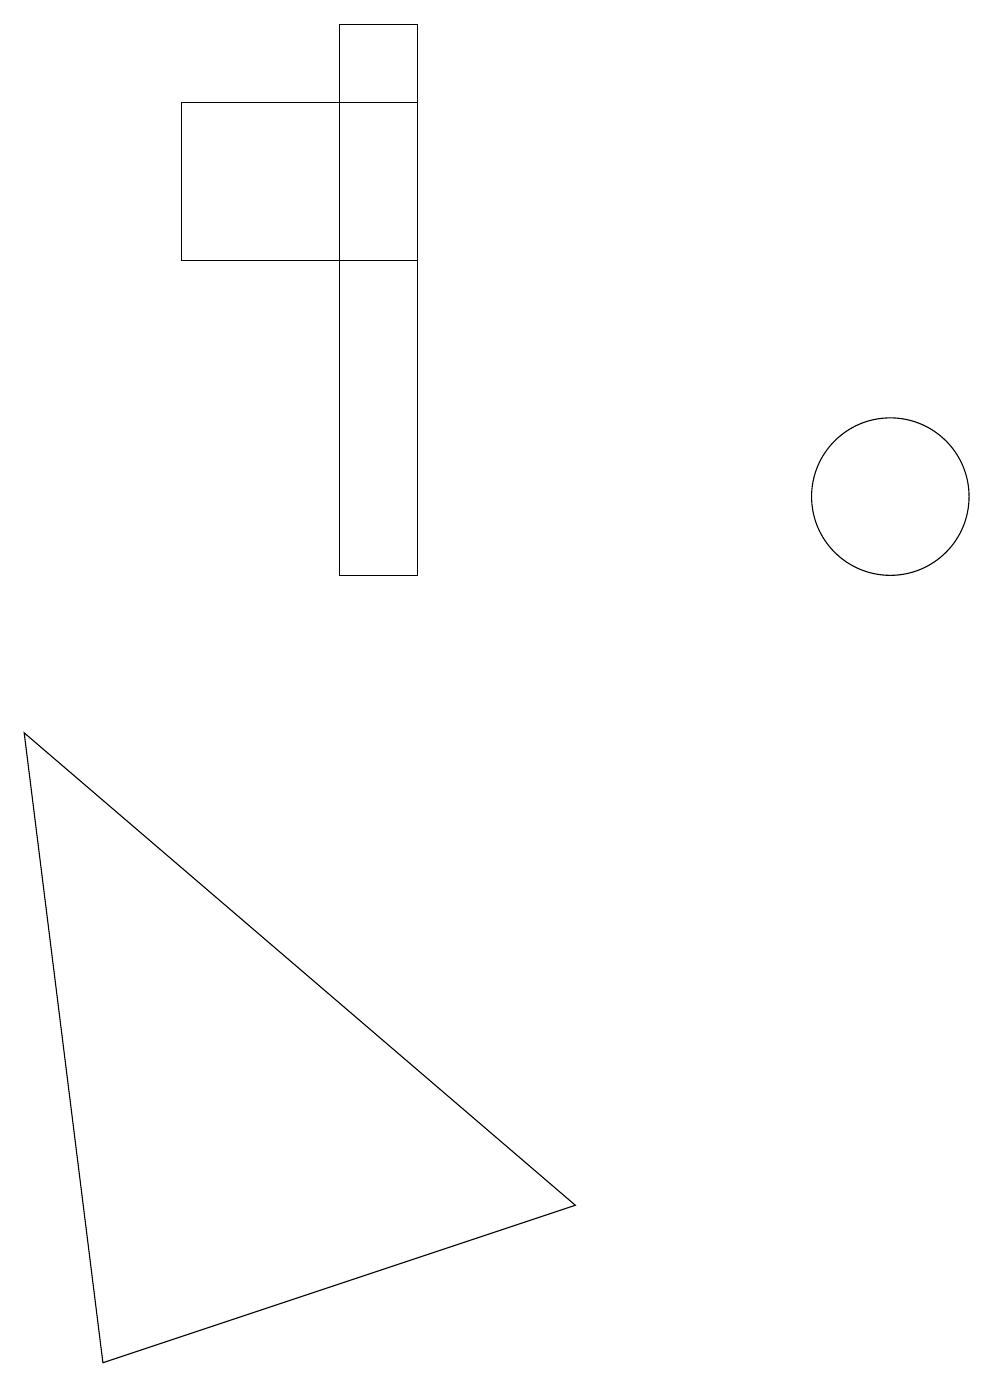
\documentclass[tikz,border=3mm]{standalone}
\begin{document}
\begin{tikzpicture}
\draw (5,10) rectangle (4,17);
\draw (1,0) -- (0,8) -- (7,2) -- cycle;
\draw (5,14) rectangle (2,16);
\draw (11,11) circle (1);
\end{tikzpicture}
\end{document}